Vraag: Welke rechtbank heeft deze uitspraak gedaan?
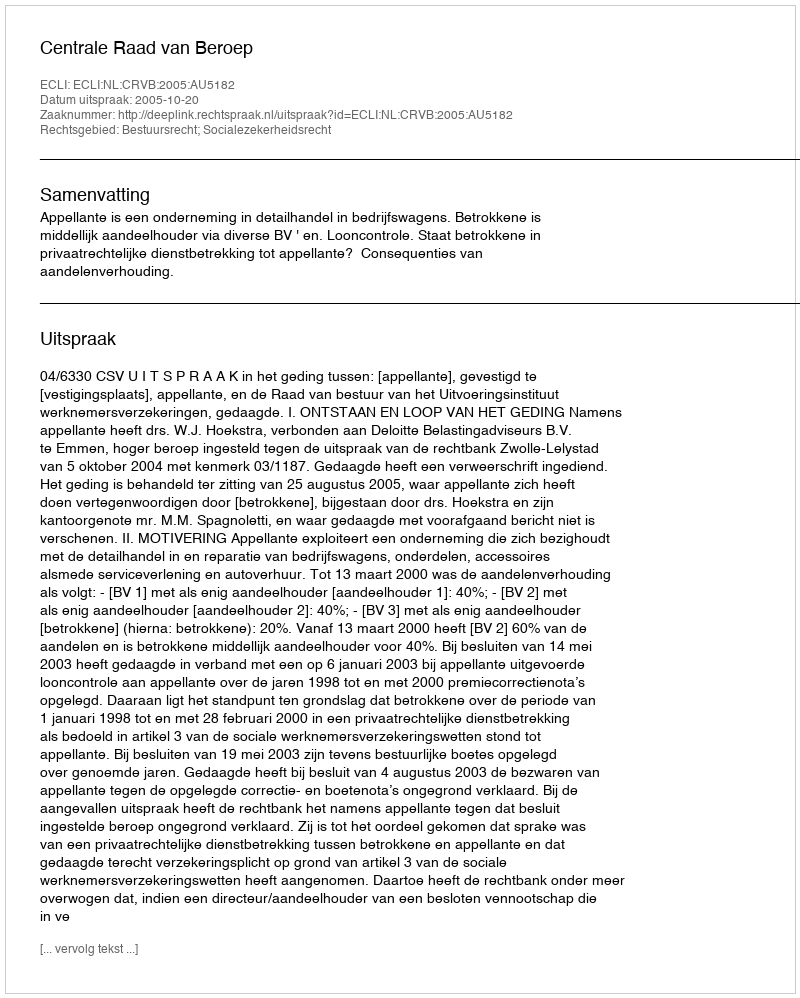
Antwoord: Centrale Raad van Beroep